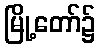
မြို့တော်၌